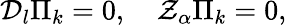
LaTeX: {\cal D}_{l}\Pi_{k}=0,\quad{\cal Z}_{\alpha}\Pi_{k}=0,